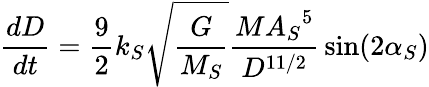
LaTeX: {\frac{dD}{dt}}={\frac{9}{2}}k_{S}{\sqrt{\frac{G}{M_{S}}}}{\frac{M{A_{S}}^{5}}{D^{11/2}}}\sin(2\alpha_{S})